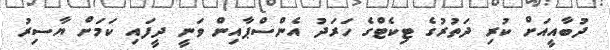
ދުބާއީއަށް ކުރި ދަތުރުގެ ޓިކެޓްގެ ހަރަދު އެންސްޕާއިން ވަނީ ދީފައި ކަމަށް ޔާސިރު